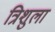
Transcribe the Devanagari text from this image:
त्रिशुला